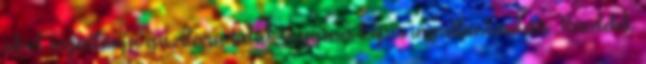
ahol ingatlanja gazdára talál. Ingyenes képes ingatlanhirdetés Részletek